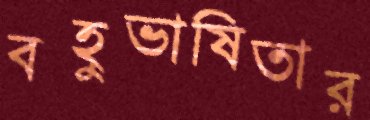
বহুভাষিতার